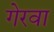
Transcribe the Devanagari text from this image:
गेरवा